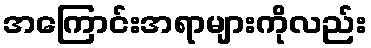
အကြောင်းအရာများကိုလည်း